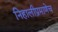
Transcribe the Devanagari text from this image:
निहालीप्रमाणेच